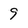
Character: 9